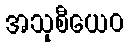
အသုစီယေဝ